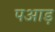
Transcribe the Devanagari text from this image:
पआड़